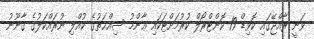
ވަނީ ރާއްޖޭގައި ކޮވިޑް-19 ކޮންޓްރޯލް ކުރުމަށްޓަކައި ޢާންމު ސިއްޙަތުގެ ކުއްލި ނުރައްކަލުގެ ޤާނޫނު